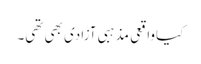
کیاواقعی مذہبی آزادی بھی تھی۔